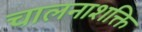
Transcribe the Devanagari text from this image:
चालनाशक्ति